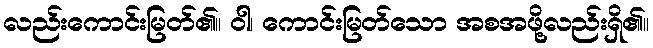
လည်းကောင်းမြတ်၏။ ဝါ၊ ကောင်းမြတ်သော အစအဖို့လည်းရှိ၏။